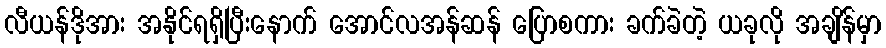
လီယန်ဒိုအား အနိုင်ရရှိပြီးနောက် အောင်လအန်ဆန် ပြောစကား ခက်ခဲတဲ့ ယခုလို အချိန်မှာ